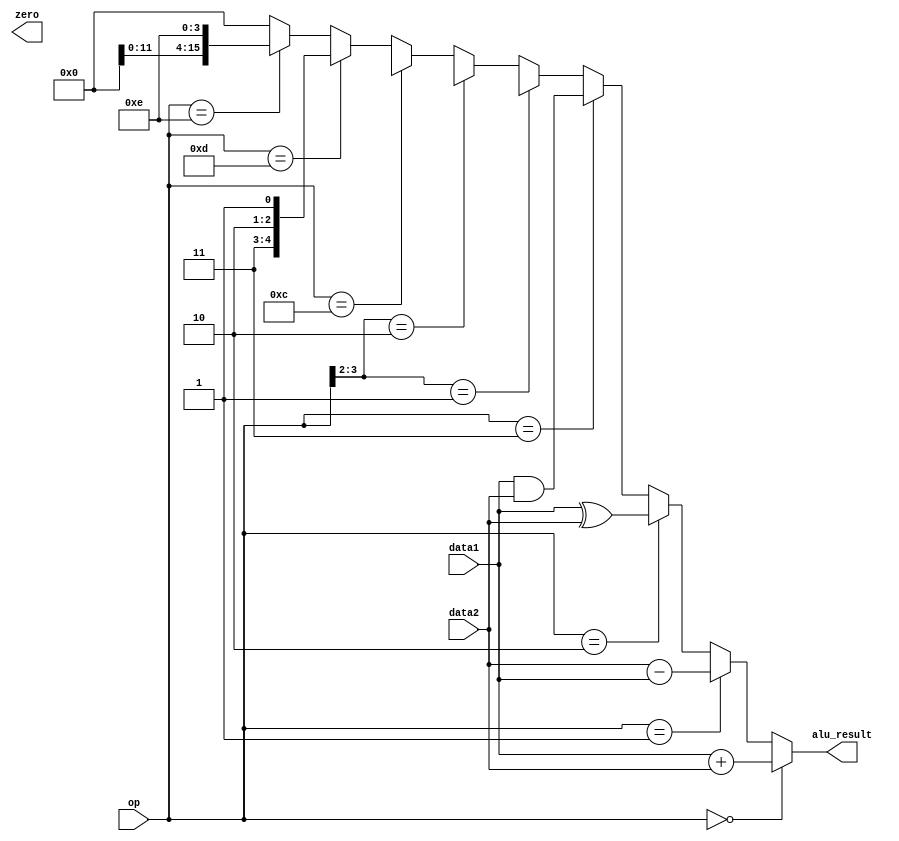
module execute(
    input [15:0] data1,
    input [15:0] data2,
    output [15:0] alu_result,
    output zero,
    input [3:0] op
);
    wire [15:0] set_out, shifter_out, andn_out, slb_out, btr_out;
    
    assign alu_result = (op == 4'd0) ? data1 + data2 :    // add operation
                        (op == 4'd1) ? data2 - data1 :    // subtract operation
                        (op == 4'd2) ? data1 ^ data2 :    // XOR operation
                        (op == 4'd3) ? data1 & data2 :    // AND
                        (op[3:2] == 2'b01) ? set_out :    // set operation
                        (op[3:2] == 2'b10) ? shifter_out: // shift operation
                        (op == 4'd12) ? andn_out :        // ANDN op
                        (op == 4'd13) ? slb_out :         // shift left byte (SLB) op
                        (op == 4'd14) ? btr_out :         // BTR
                        0;          


    // instance shifter

    // set op stuff

    // andn stuff

    // slb stuff

    // btr stuff


endmodule